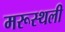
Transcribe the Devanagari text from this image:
मरूस्थली